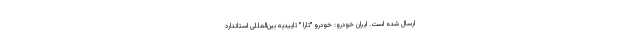
ارسال شده است. ایران خودرو: خودرو "تارا " تاییدیه بین‌المللی استاندارد